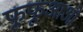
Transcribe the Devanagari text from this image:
फूफूआओ